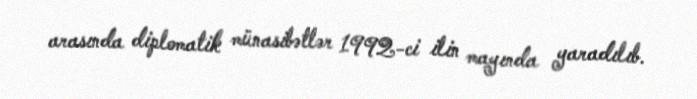
arasında diplomatik münasibətlər 1992-ci ilin mayında yaradılıb.